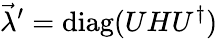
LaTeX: \vec{\lambda}^{\prime}=\mathrm{diag}(UHU^{\dagger})